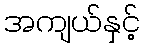
အကျယ်နှင့်